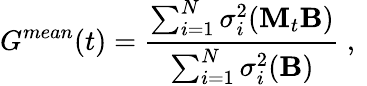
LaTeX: G^{mean}(t)=\frac{\sum_{i=1}^{N}\sigma_{i}^{2}({\mathbf M}_{t}{\mathbf B})}{\sum_{i=1}^{N}\sigma_{i}^{2}({\mathbf B})}\mathrm{~,~}